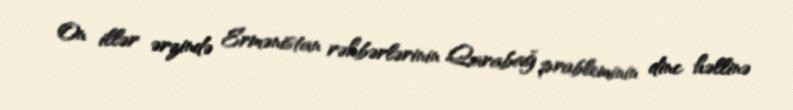
On illər ərzində Ermənistan rəhbərlərinin Qarabağ probleminin dinc həllinə